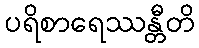
ပရိစာရေဿန္တီတိ